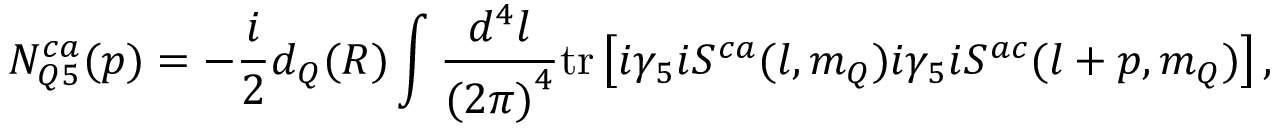
N _ { Q 5 } ^ { c a } ( p ) = - \frac { i } { 2 } d _ { Q } ( R ) \int \frac { d ^ { 4 } l } { { ( 2 \pi ) } ^ { 4 } } \mathrm { t r } \left[ i \gamma _ { 5 } i S ^ { c a } ( l , m _ { Q } ) i \gamma _ { 5 } i S ^ { a c } ( l + p , m _ { Q } ) \right] ,